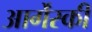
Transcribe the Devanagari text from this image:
आर्गेंस्की